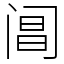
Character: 阊